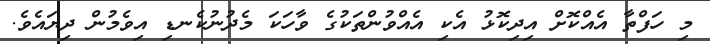
މި ހަފްތާ އެއްކޮށް އިދިކޮޅު އެކި އެއްވުންތަކުގެ ވާހަކަ މެދުނުކެނޑި އިވެމުން ދިޔައެވެ.